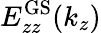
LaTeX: E_{zz}^{\mathrm{GS}}(k_{z})